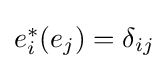
{\textstyle e_{i}^{*}(e_{j})=\delta _{ij}}